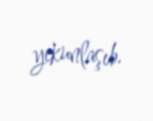
yekunlaşıb.